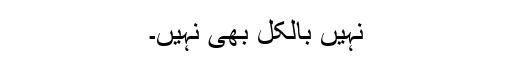
نہیں بالکل بھی نہیں۔